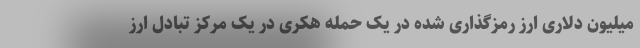
میلیون دلاری ارز رمزگذاری شده در یک حمله هکری در یک مرکز تبادل ارز